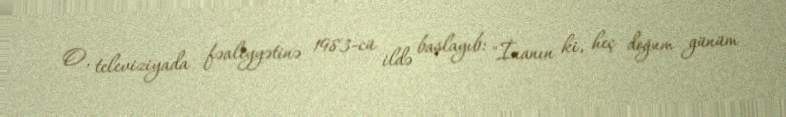
O, televiziyada fəaliyyətinə 1983-cü ildə başlayıb: "İnanın ki, heç doğum günüm